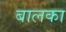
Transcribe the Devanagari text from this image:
बालका